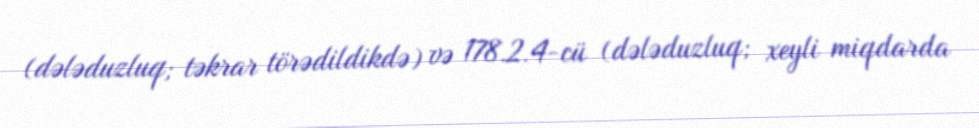
(dələduzluq; təkrar törədildikdə) və 178.2.4-cü (dələduzluq; xeyli miqdarda